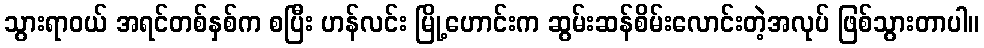
သွားရာဝယ် အရင်တစ်နှစ်က စပြီး ဟန်လင်း မြို့ဟောင်းက ဆွမ်းဆန်စိမ်းလောင်းတဲ့အလုပ် ဖြစ်သွားတာပါ။